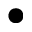
\bullet